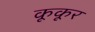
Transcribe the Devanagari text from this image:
कूकूर